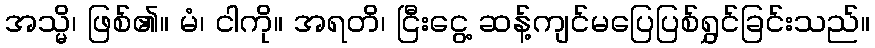
အသ္မိ၊ ဖြစ်၏။ မံ၊ ငါကို။ အရတိ၊ ငြီးငွေ့ ဆန့်ကျင်မပြေပြစ်ရွှင်ခြင်းသည်။